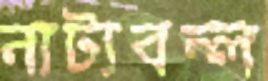
নাট্যবন্ল